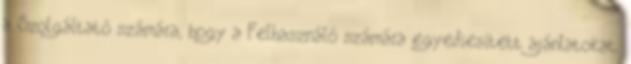
a Szolgáltató számára, hogy a Felhasználó számára egyediesített ajánlatokat,